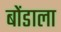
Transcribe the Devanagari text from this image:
बोंडाला